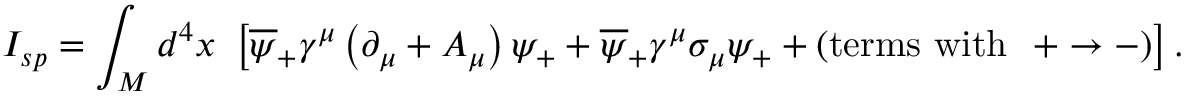
I _ { s p } = \int _ { M } d ^ { 4 } x \ \left[ \overline { { { \psi } } } _ { + } \gamma ^ { \mu } \left( \partial _ { \mu } + A _ { \mu } \right) \psi _ { + } + \overline { { { \psi } } } _ { + } \gamma ^ { \mu } \sigma _ { \mu } \psi _ { + } + \left( \mathrm { t e r m s ~ w i t h ~ ~ } + \rightarrow - \right) \right] .